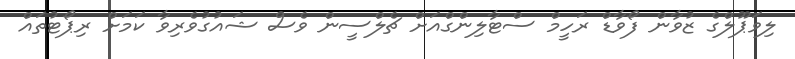
ލިވަޕޫލްގެ ޒުވާން ފޯވާޑް ރަހީމް ސްޓާލިންގްއަށް ޗެލްސީން ވެސް ޝައުގުވެރިވާ ކަމަށް ރިޕޯޓުތައް